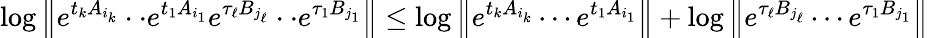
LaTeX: \log\left\| e^{t_{k}A_{i_{k}}}\cdot\cdot e^{t_{1}A_{i_{1}}}e^{\tau_{\ell}B_{j_{\ell}}}\cdot\cdot e^{\tau_{1}B_{j_{1}}}\right\| \leq\log\left\| e^{t_{k}A_{i_{k}}}\cdots e^{t_{1}A_{i_{1}}}\right\| +\log\left\| e^{\tau_{\ell}B_{j_{\ell}}}\cdots e^{\tau_{1}B_{j_{1}}}\right\|